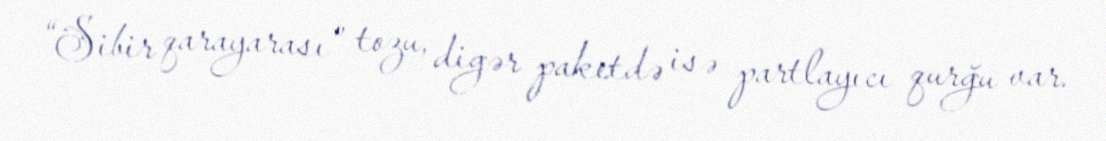
“Sibir qarayarası” tozu, digər paketdə isə partlayıcı qurğu var.